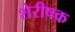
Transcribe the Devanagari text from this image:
शेरीषक